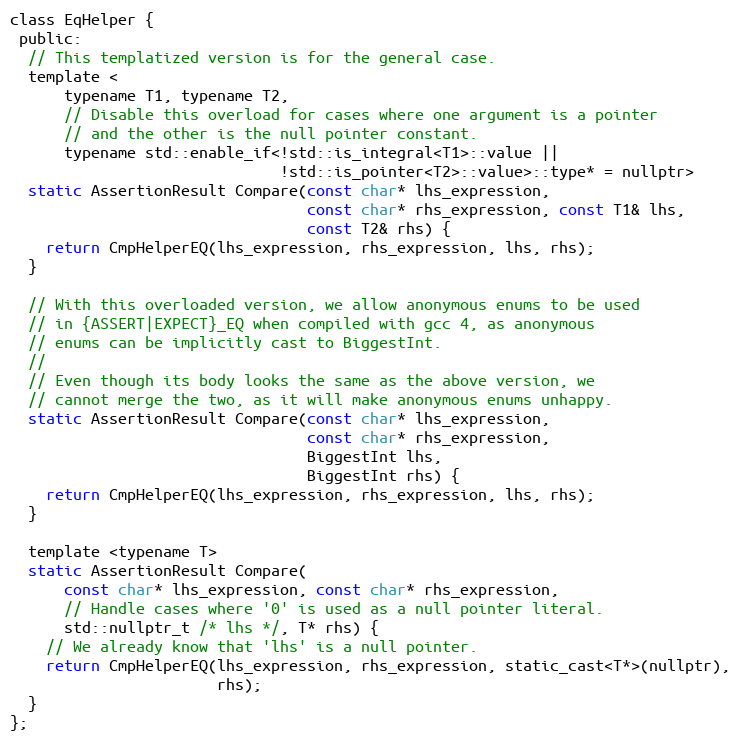
Language: C
class EqHelper {
 public:
  // This templatized version is for the general case.
  template <
      typename T1, typename T2,
      // Disable this overload for cases where one argument is a pointer
      // and the other is the null pointer constant.
      typename std::enable_if<!std::is_integral<T1>::value ||
                              !std::is_pointer<T2>::value>::type* = nullptr>
  static AssertionResult Compare(const char* lhs_expression,
                                 const char* rhs_expression, const T1& lhs,
                                 const T2& rhs) {
    return CmpHelperEQ(lhs_expression, rhs_expression, lhs, rhs);
  }

  // With this overloaded version, we allow anonymous enums to be used
  // in {ASSERT|EXPECT}_EQ when compiled with gcc 4, as anonymous
  // enums can be implicitly cast to BiggestInt.
  //
  // Even though its body looks the same as the above version, we
  // cannot merge the two, as it will make anonymous enums unhappy.
  static AssertionResult Compare(const char* lhs_expression,
                                 const char* rhs_expression,
                                 BiggestInt lhs,
                                 BiggestInt rhs) {
    return CmpHelperEQ(lhs_expression, rhs_expression, lhs, rhs);
  }

  template <typename T>
  static AssertionResult Compare(
      const char* lhs_expression, const char* rhs_expression,
      // Handle cases where '0' is used as a null pointer literal.
      std::nullptr_t /* lhs */, T* rhs) {
    // We already know that 'lhs' is a null pointer.
    return CmpHelperEQ(lhs_expression, rhs_expression, static_cast<T*>(nullptr),
                       rhs);
  }
};